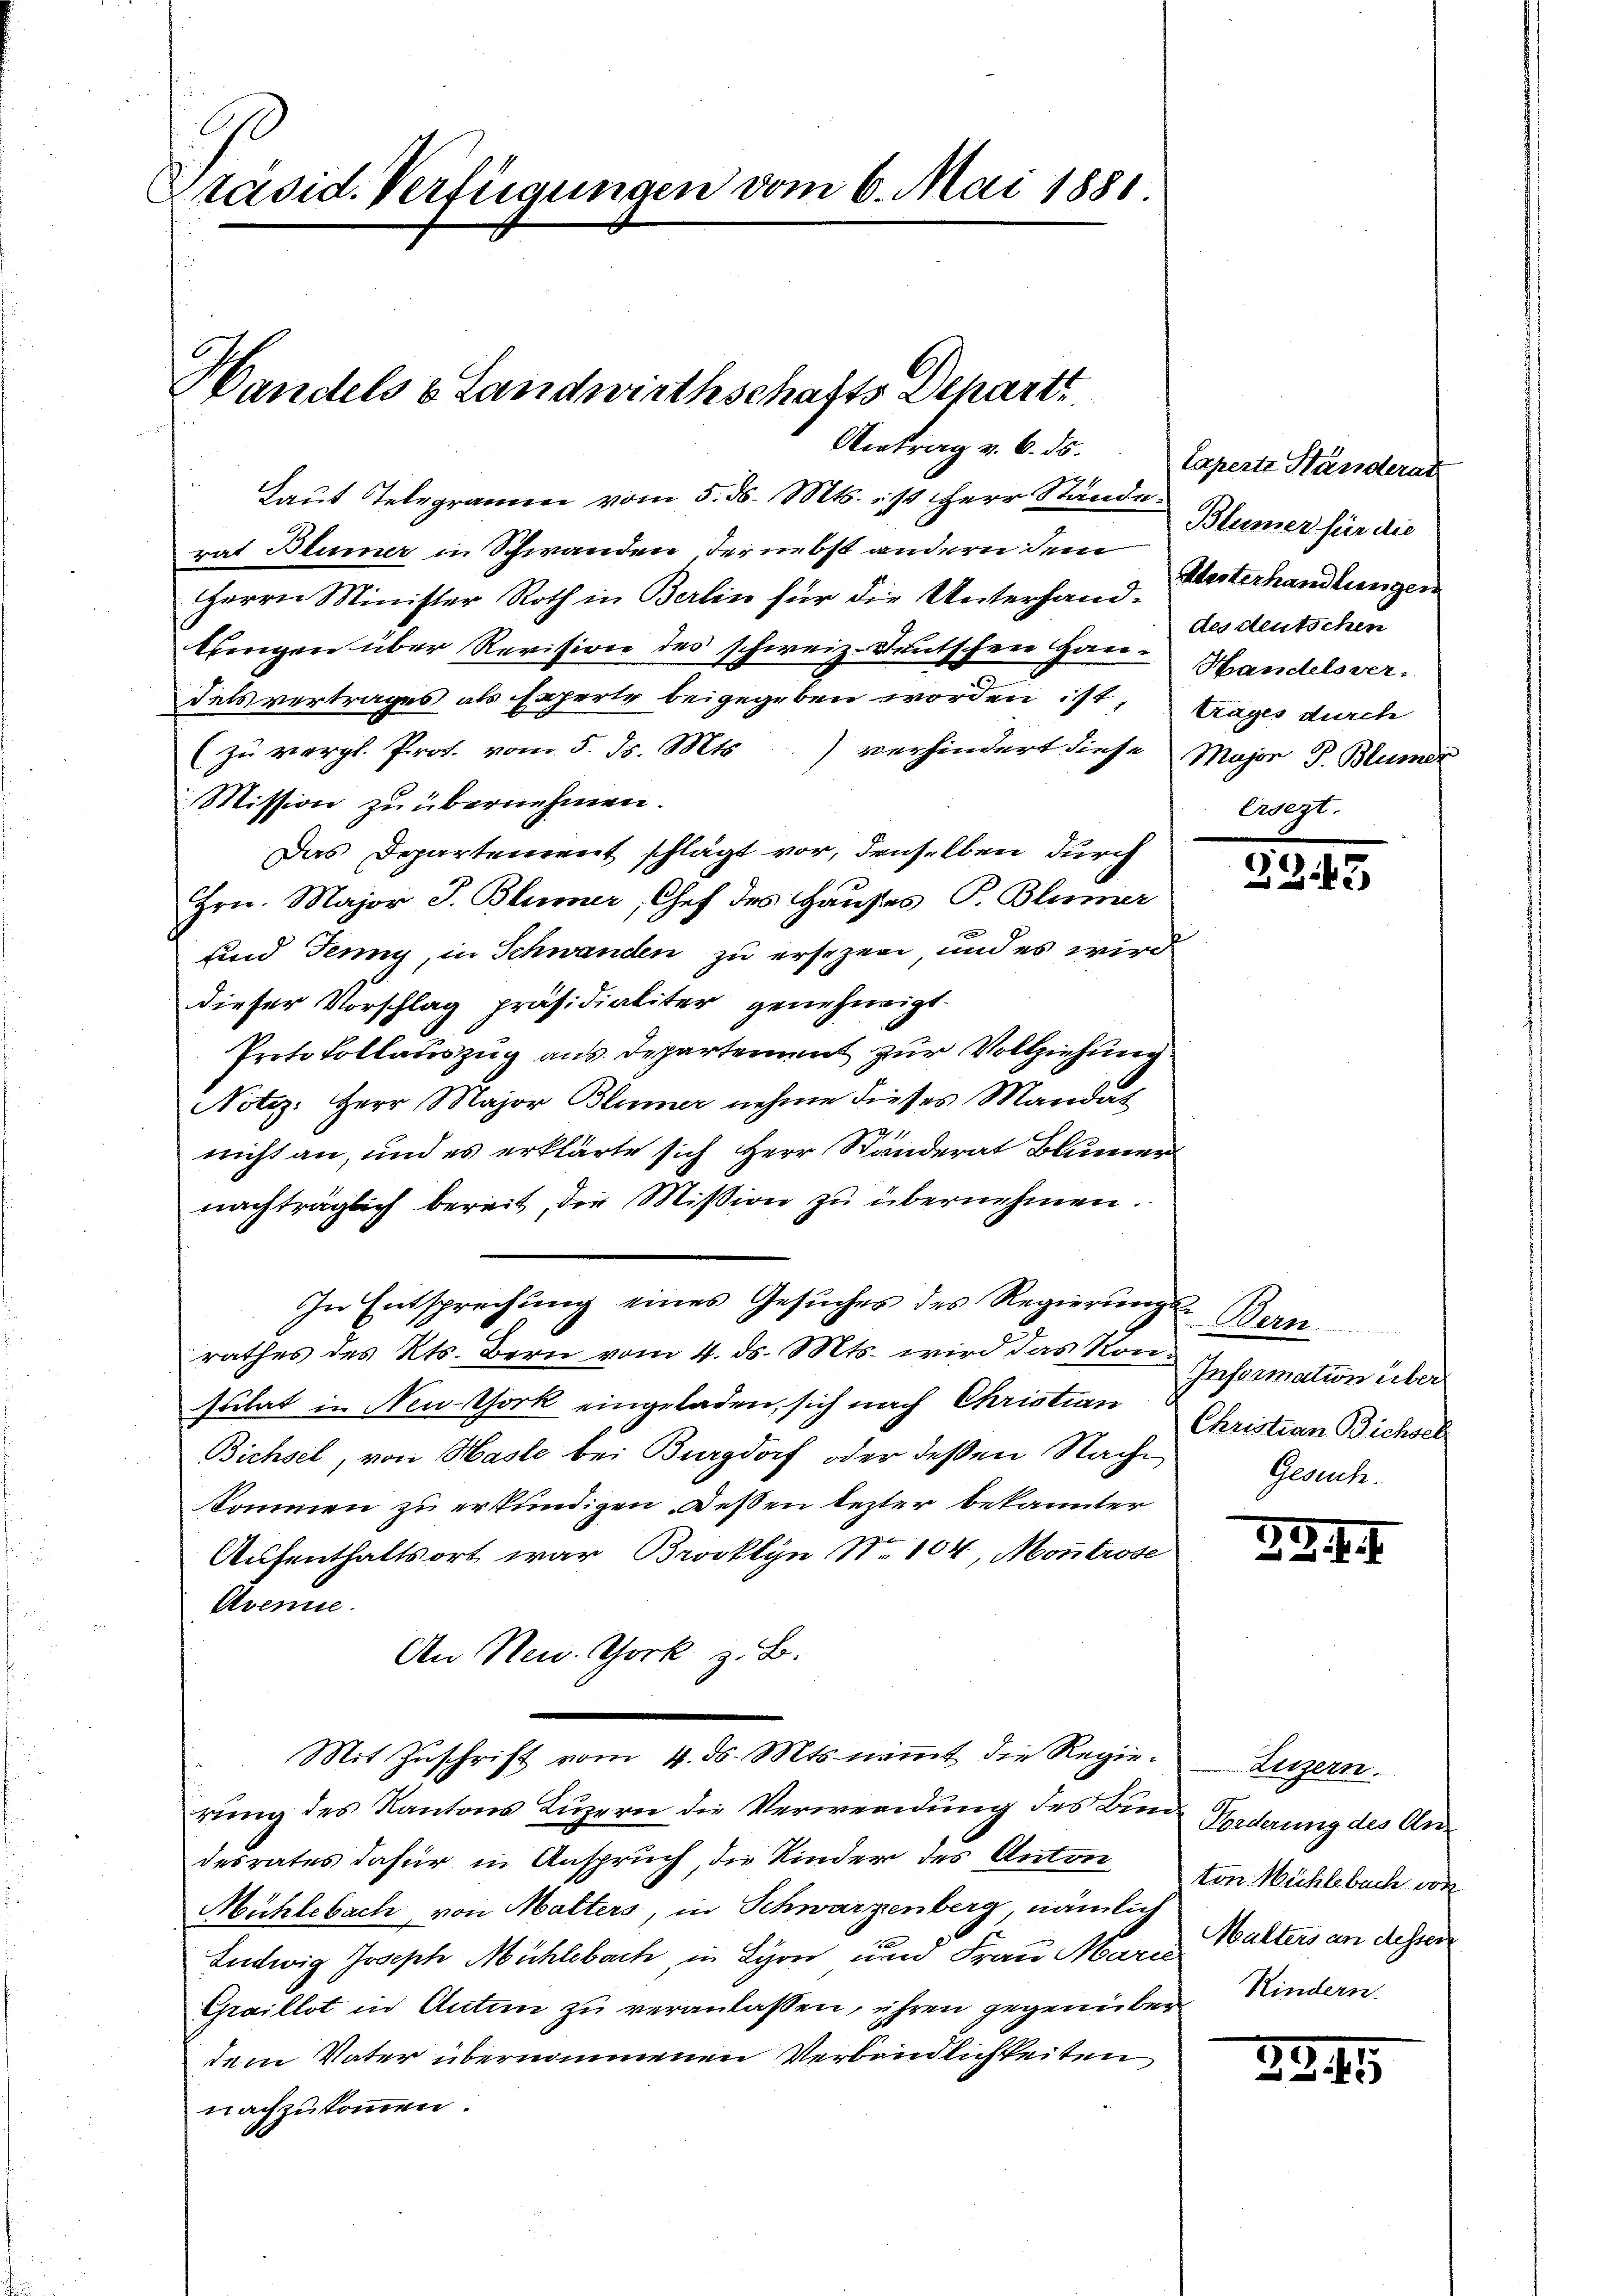
Präsid. Verfügungen vom 6. Mai 1881.

Handels & Landwirthschafts Departi

Laut Telegramm vom 5. ds. Mts. ist Herr Stände.
rat Blümer in Schwanden der nebst andern dem
Herrn Minister Roth in Berlin für die Unterhand-
blingen über Revision des schweiz. Deutschen Hau- Handelsverdels vertrages als Experte beigegeben worden ist,
(zu vergl. Prot. vom 5. ds. Mts. verhindert diese Major J. Blümer
Mission zu übernehmen.
Das Departement schlägt vor, denselben durch
Hrn. Major J. Blümer, Chef des Hauses P. Blümer
und Jenny, in Schwanden zu ersezen, und es wird
dieser Vorschlag präsidialiter genehmigt.
Protokollauszug aus Departement zur Vollziehung
Notiz: Herr Major Blumer nehme dieses Mandat
nicht an, und es erklärte sich Herr Ständerat Blumernachträglich bereit, die Mission zu übernehmen.
In Entsprechung eines Gesuches des Regierŭngs-Bern.
rathes des Kts. Bern vom 4. ds. Mts. wird das Konsulat in New-York eingeladen, sich nach Christian
Bichsel, von Hasle bei Burgdorf oder deßen Nachkommen zu erkundigen deßen lezter bekannter
Aufenthaltsort war Brooklyn N. 104, Montrose
Avenie
An New York z. B.
Mit Zuschrift vom 4. ds. Mts. nimmt die Regierung des Kantons Luzern die Verwendung des Kind Forderung des Andesrates dafür in Anspruch, die Kinder des Anton
Mühlebach, von Malters, in Schwarzenberg, nämlich
Ludwig Joseph Mühlebach, in Lyon und Frau Mare alters an desser
Graillot in Antin zu veranlassen, ihren gegenüber Kindern,
dem Vater übernommenen Verbindlichkeiten
nachzukommen.

Antrag v. 6. ds. Caperte Händerat
Blümer für die
Unterhandlungen
des Steutschen
Zuges durch
Ersezt.

G345

Information über
Christian Bichsel
Gesuch.

B. G. J. J.

Luzern.
ton Mühlebach von

2.3.42